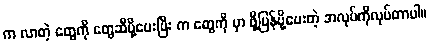
က လာတဲ့ တွေကို တွေဆီပို့ပေးပြီး က တွေကို မှာ ဖို့ပြန်ပို့ပေးတဲ့ အလုပ်ကိုလုပ်တာပါ။